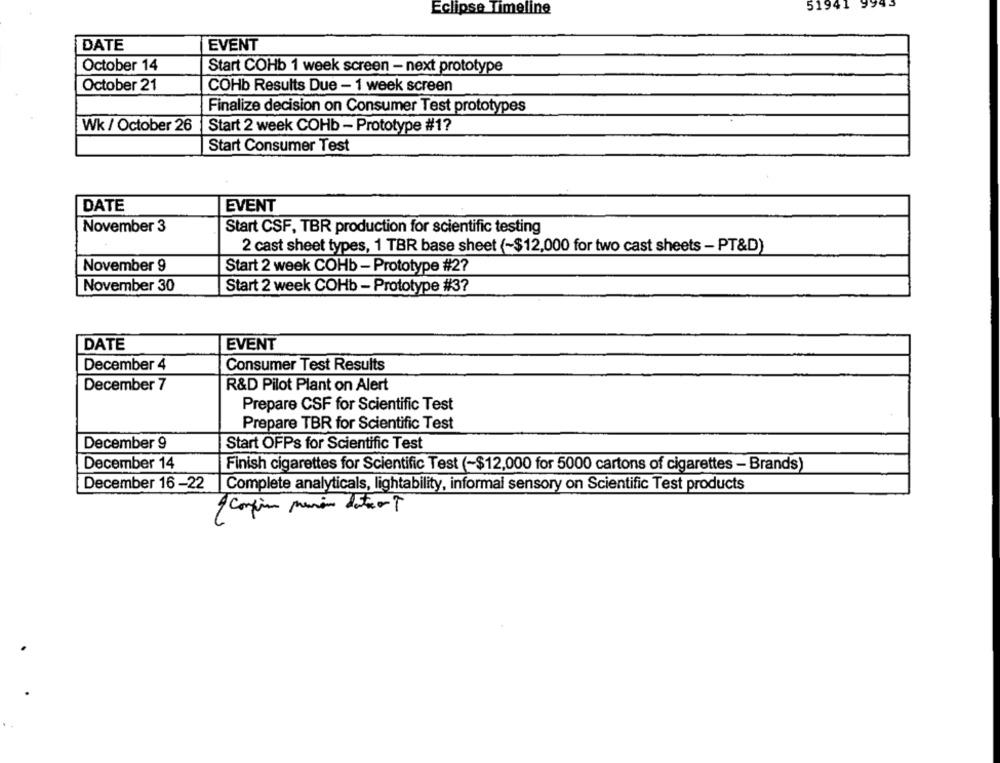
51941 9995
Eclipse Timeline
DATE
EVENT
October 14
Start COHb 1 week screen - next prototype
October 21
COHb Results Due - 1 week screen
Finalize decision on Consumer Test prototypes
Wk / October 26
Start 2 week COHb - Prototype #1?
Start Consumer Test
DATE
EVENT
November 3
Start CSF, TBR production for scientific testing
2 cast sheet types, 1 TBR base sheet (~$12,000 for two cast sheets - PT&D)
November 9
Start 2 week COHb - Prototype #2?
November 30
Start 2 week COHb - Prototype #37
DATE
EVENT
December 4
Consumer Test Results
December 7
R&D Pilot Plant on Alert
Prepare CSF for Scientific Test
Prepare TBR for Scientific Test
December 9
Start OFPs for Scientific Test
December 14
Finish cigarettes for Scientific Test (-$12,000 for 5000 cartons of cigarettes - Brands)
December 16-22
Complete analyticals, lightability, informal sensory on Scientific Test products
9 confirm main datorT